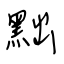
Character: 黜